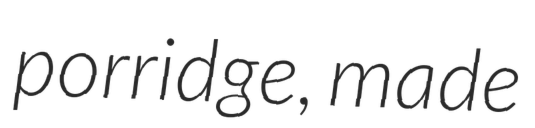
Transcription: porridge, made